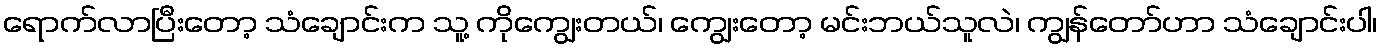
ရောက်လာပြီးတော့ သံချောင်းက သူ့ ကိုကျွေးတယ်၊ ကျွေးတော့ မင်းဘယ်သူလဲ၊ ကျွန်တော်ဟာ သံချောင်းပါ၊